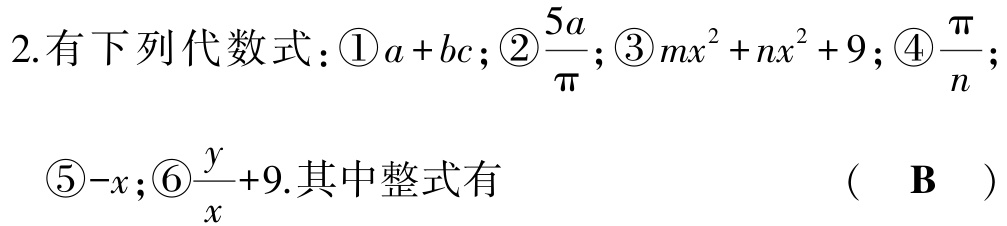
2.有下列代数式：\textcircled{1}\(a + bc\)；\textcircled{2}\(\dfrac{5a}{\pi}\)；\textcircled{3}\(mx^{2}+nx^{2}+9\)；\textcircled{4}\(\dfrac{\pi}{n}\)；\textcircled{5}\(-x\)；\textcircled{6}\(\dfrac{y}{x}+9\).其中整式有  （  \(\mathbf{B}\)  ）